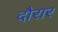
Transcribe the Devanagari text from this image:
दौरार